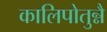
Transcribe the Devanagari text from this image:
कालिपोतुन्नै